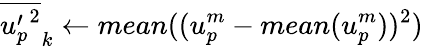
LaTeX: {\overline{{{u_{p}^{\prime}}^{2}}}}_{k}\gets mean((u_{p}^{m}-mean(u_{p}^{m}))^{2})